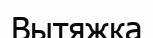
Вытяжка